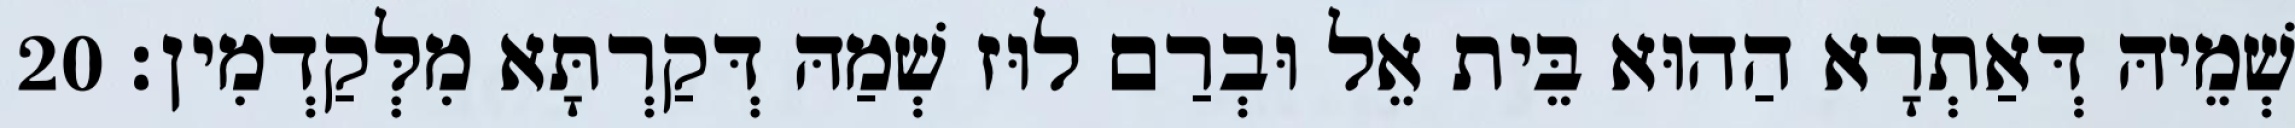
שְׁמֵיהּ דְּאַתְרָא הַהוּא בֵּית אֵל וּבְרַם לוּז שְׁמַהּ דְּקַרְתָּא מִלְּקַדְמִין׃ 20